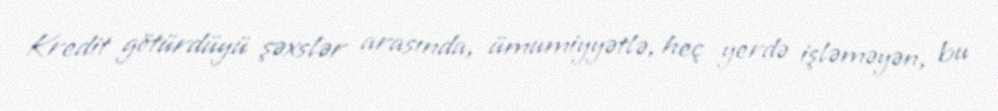
Kredit götürdüyü şəxslər arasında, ümumiyyətlə, heç yerdə işləməyən, bu